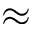
\approx